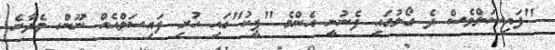
"ފައިސަލްވެސް ދެ ގޯލުގައި ފެނުނީ އެންމެ "ޕީކު"ގައި ހުރި ފައިސަލްއެއް ނޫން. ވެދާނެ